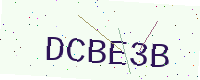
Text: DCBE3B